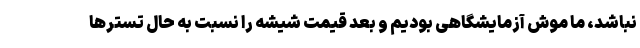
نباشد، ما موش آزمایشگاهی بودیم و بعد قیمت شیشه را نسبت به حال تسترها